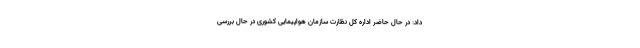
داد: در حال حاضر اداره کل نظارت سازمان هواپیمایی کشوری در حال بررسی